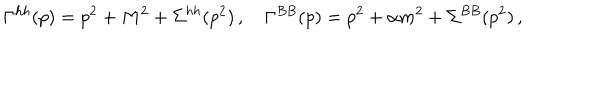
LaTeX: \Gamma ^ { h h } ( p ) = p ^ { 2 } + M ^ { 2 } + \Sigma ^ { h h } ( p ^ { 2 } ) \, , \quad \Gamma ^ { B B } ( p ) = p ^ { 2 } + \alpha m ^ { 2 } + \Sigma ^ { B B } ( p ^ { 2 } ) \, ,